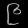
Digit: ၉